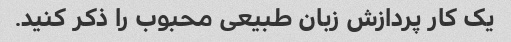
یک کار پردازش زبان طبیعی محبوب را ذکر کنید.